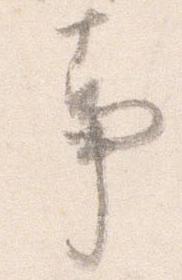
事